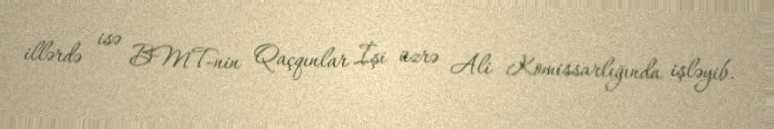
illərdə isə BMT-nin Qaçqınlar İşi üzrə Ali Komissarlığında işləyib.